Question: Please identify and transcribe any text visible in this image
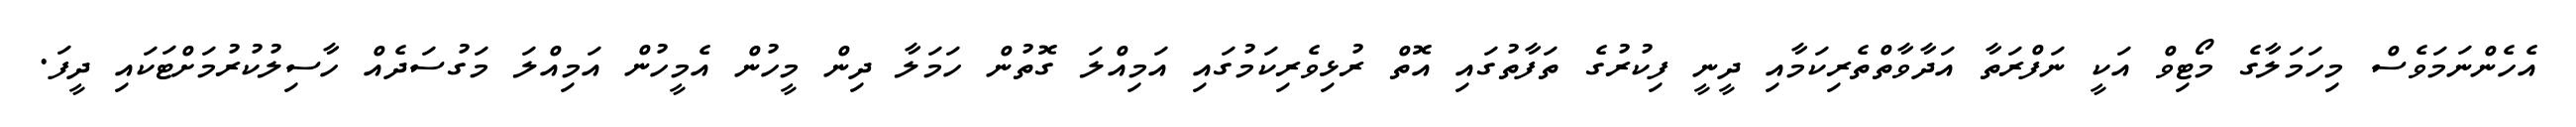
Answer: އެހެންނަމަވެސް މިހަމަލާގެ މޯޓިވް އަކީ ނަފްރަތާ އަދާވާތްތެރިކަމާއި ދީނީ ފިކުރުގެ ތަފާތުގައި އޮތް ރުޅިވެރިކަމުގައި އަމިއްލަ ގޮތުން ހަމަލާ ދިން މީހުން އެމީހުން އަމިއްލަ މަގުސަދެއް ހާސިލުކުރުމަށްޓަކައި ދީފަ.